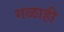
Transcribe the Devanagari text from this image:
गळाही